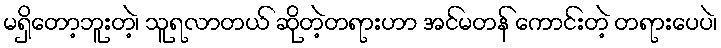
မရှိတော့ဘူးတဲ့၊ သူရလာတယ် ဆိုတဲ့တရားဟာ အင်မတန် ကောင်းတဲ့ တရားပေပဲ၊